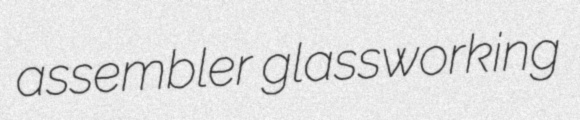
assembler glassworking